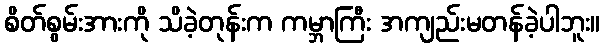
စိတ်စွမ်းအားကို သိခဲ့တုန်းက ကမ္ဘာကြီး အကျည်းမတန်ခဲ့ပါဘူး။